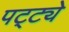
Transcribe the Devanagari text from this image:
पट्ट्ये